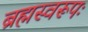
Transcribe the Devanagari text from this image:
ब्रह्मस्वरूपः